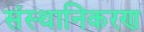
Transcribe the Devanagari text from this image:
संस्थानिकरण